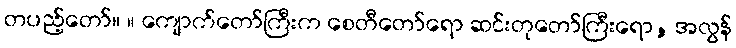
တပည့်တော်။ ။ ကျောက်တော်ကြီးက စေတီတော်ရော ဆင်းတုတော်ကြီးရော, အလွန်